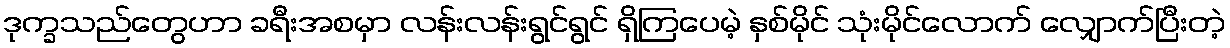
ဒုက္ခသည်တွေဟာ ခရီးအစမှာ လန်းလန်းရွင်ရွင် ရှိကြပေမဲ့ နှစ်မိုင် သုံးမိုင်လောက် လျှောက်ပြီးတဲ့